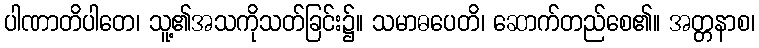
ပါဏာတိပါတေ၊ သူ့၏အသကိုသတ်ခြင်း၌။ သမာဓပေတိ၊ ဆောက်တည်စေ၏။ အတ္တနာစ၊